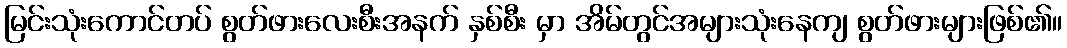
မြင်းသုံးကောင်တပ် စွတ်ဖားလေးစီးအနက် နှစ်စီး မှာ အိမ်တွင်အများသုံးနေကျ စွတ်ဖားများဖြစ်၏။